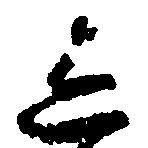
し